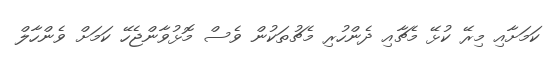
ކަމަށާއި މިރޭ ކުޅޭ މެޗާއި ދެންހުރި މެޗުތަކުން ވެސް މޮޅުވާންޖެހޭ ކަމަށް ވެންހާލް